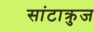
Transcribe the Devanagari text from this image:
सांटाक्रुज